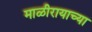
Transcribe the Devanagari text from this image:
माळीरायाच्या